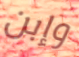
وإبن